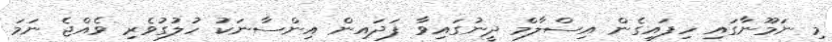
މި ނަމޫނާގައި ހިފައިގެން އިސްލާމް ދީނުގައިވާ ފަދައިން އިންސާނަކު ހުލުގުވެރި ވެއްޖެ ނަމަ